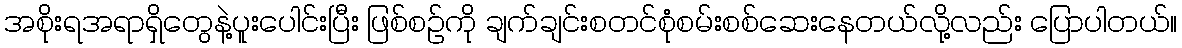
အစိုးရအရာရှိတွေနဲ့ပူးပေါင်းပြီး ဖြစ်စဉ်ကို ချက်ချင်းစတင်စုံစမ်းစစ်ဆေးနေတယ်လို့လည်း ပြောပါတယ်။